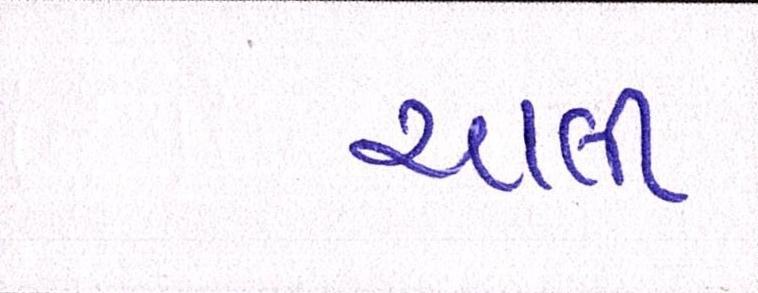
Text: ચાલી